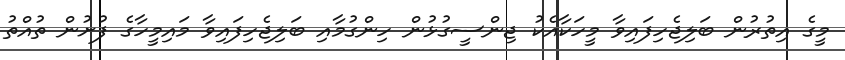
މީގެ އިތުރުން ބަލިޖެހިފައިވާ މީހަކާއެކު ޖިންސީގުޅުން ހިންގުމާއި ބަލިޖެހިފައިވާ މައިމީހާގެ ފުށުން ތުއްތު